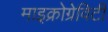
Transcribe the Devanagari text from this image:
माइक्रोग्रेविटी